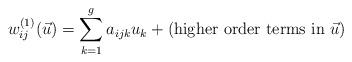
LaTeX: \begin{align*}w_{ij}^{(1)}(\vec{u})=\sum_{k=1}^g a_{ijk} u_k +(\mbox{higher order terms in }\vec{u})\end{align*}